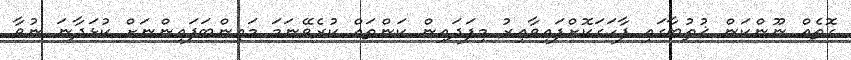
ގޮތެއް ނޫންކަން ޚުޠުބާގައި ފާހަގަކޮށްފައިވާއިރު މިފަދައިން ކަންތައް ކުރެވޭނަމަ މައިންބަފައިންނަށް ކުޅަދާނަ ނުވާ